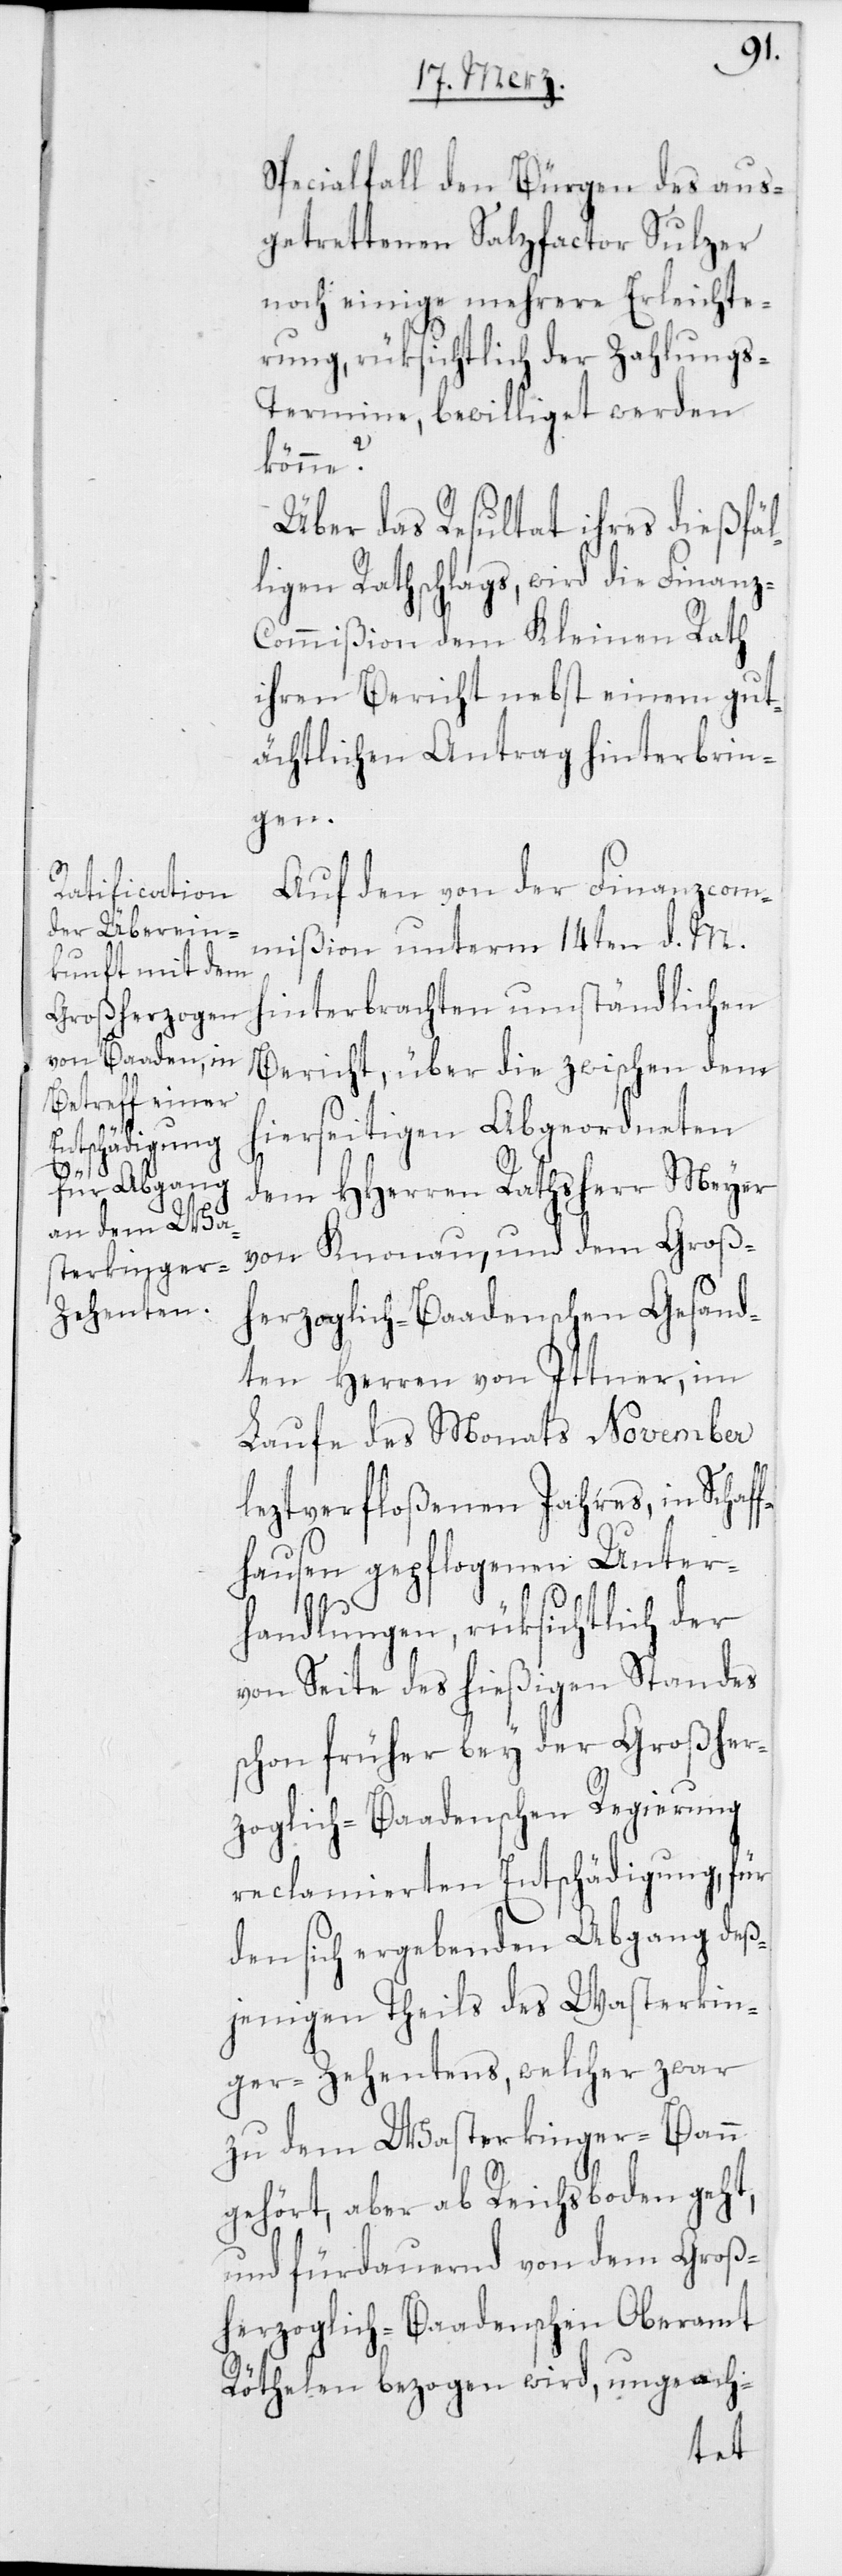
Specialfall den Bürgen des aus¬
getrettenen Salzfactor Sulzer
noch einige mehrere Erleichte¬
rung, rüksichtlich der Zahlung¬
s-Termine, bewilliget werden
könne?
Über das Resultat ihres dießfäl¬
ligen Rathschlags, wird die Finanz¬
commißion dem Kleinen Rath
ihren Bericht nebst einem gut¬
ächtlichen Antrag hinterbrin¬
gen.
Auf den von der Finanzcom¬
mißion unterm 14ten d. M.
hinterbrachten umständlichen
Bericht, über die zwischen dem
hierseitigen Abgeordneten
dem HHerren Rathsherr Meyer
von Knonau, und dem Groß¬
herzoglich-Baadenschen Gesand¬
ten Herren von Ittner, im
Laufe des Monats November
leztverfloßenen Jahres, in Schaff¬
hausen gepflogenen Unter¬
handlungen, rüksichtlich der
von Seite des hießigen Standes
schon früher bey der Großher¬
zoglich-Baadenschen Regierung
reclamierten Entschädigung, für
den sich ergebenden Abgang deß¬
jenigen Theils des Wasterkin¬
ger-Zehentens, welcher zwar
zu dem Wasterkinger-Bann
gehört, aber ab Reichsboden geht,
und fürdauernd von dem Groß¬
herzoglich-Baadenschen Oberamt
Röthelen bezogen wird, ungeach-